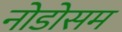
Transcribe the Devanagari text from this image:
नोडोसम